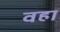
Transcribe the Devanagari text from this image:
वहा॑